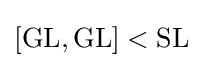
[\operatorname {GL} ,\operatorname {GL} ]<\operatorname {SL}